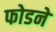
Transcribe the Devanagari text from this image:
फोडने